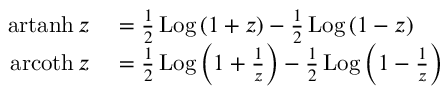
\begin{array} { r l } { \operatorname { a r t a n h } z } & { { } = { \frac { 1 } { 2 } } \operatorname { L o g } \left( { 1 + z } \right) - { \frac { 1 } { 2 } } \operatorname { L o g } \left( { 1 - z } \right) } \\ { \operatorname { a r c o t h } z } & { { } = { \frac { 1 } { 2 } } \operatorname { L o g } \left( { 1 + { \frac { 1 } { z } } } \right) - { \frac { 1 } { 2 } } \operatorname { L o g } \left( { 1 - { \frac { 1 } { z } } } \right) } \end{array}